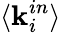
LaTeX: \langle\mathbf{k}_{i}^{in}\rangle